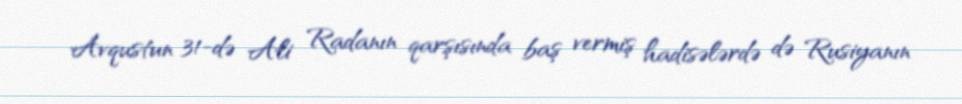
Avqustun 31-də Ali Radanın qarşısında baş vermiş hadisələrdə də Rusiyanın